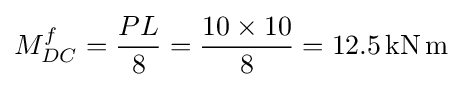
M_{DC}^{f}={\frac {PL}{8}}={\frac {10\times 10}{8}}=12.5\mathrm {\,kN\,m}